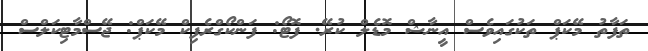
ތަފާތު މޭކަޕް ތަކުގައިވެސް އީނާޝް މޮޑެލް ކުރޭ. ފޮޓޯ: ފަންކޯގްރެފިކް މޭކަޕް: ޖޭސްމާޓިކަލްސް